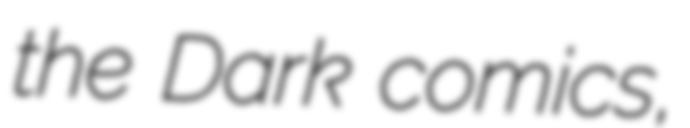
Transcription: the Dark comics,